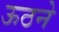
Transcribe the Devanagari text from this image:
ऊठने